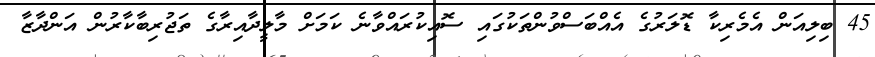
45 ބިލިއަން އެމެރިކާ ޑޮލަރުގެ އެއްބަސްވުންތަކުގައި ސޮއިކުރައްވާނެ ކަމަށް މާލީދާއިރާގެ ތަޖުރިބާކާރުން އަންދާޒާ